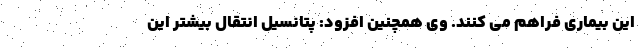
این بیماری فراهم می کنند. وی همچنین افزود: پتانسیل انتقال بیشتر این